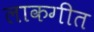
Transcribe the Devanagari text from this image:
लाकगीत